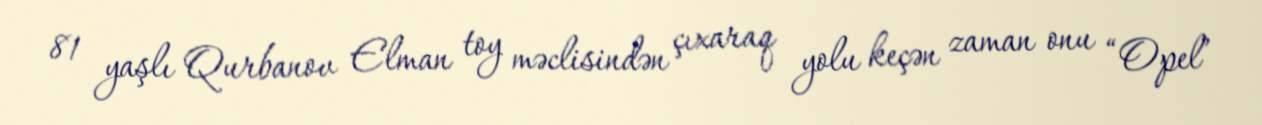
81 yaşlı Qurbanov Elman toy məclisindən çıxaraq yolu keçən zaman onu “Opel”